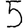
Digit: 5